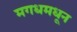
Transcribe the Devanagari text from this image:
मगधमधून